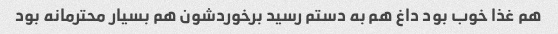
هم غذا خوب بود داغ هم به دستم رسید برخوردشون هم بسیار محترمانه بود